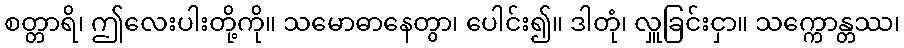
စတ္တာရိ၊ ဤလေးပါးတို့ကို။ သမောဓာနေတွာ၊ ပေါင်း၍။ ဒါတုံ၊ လှူခြင်းငှာ။ သက္ကောန္တဿ၊